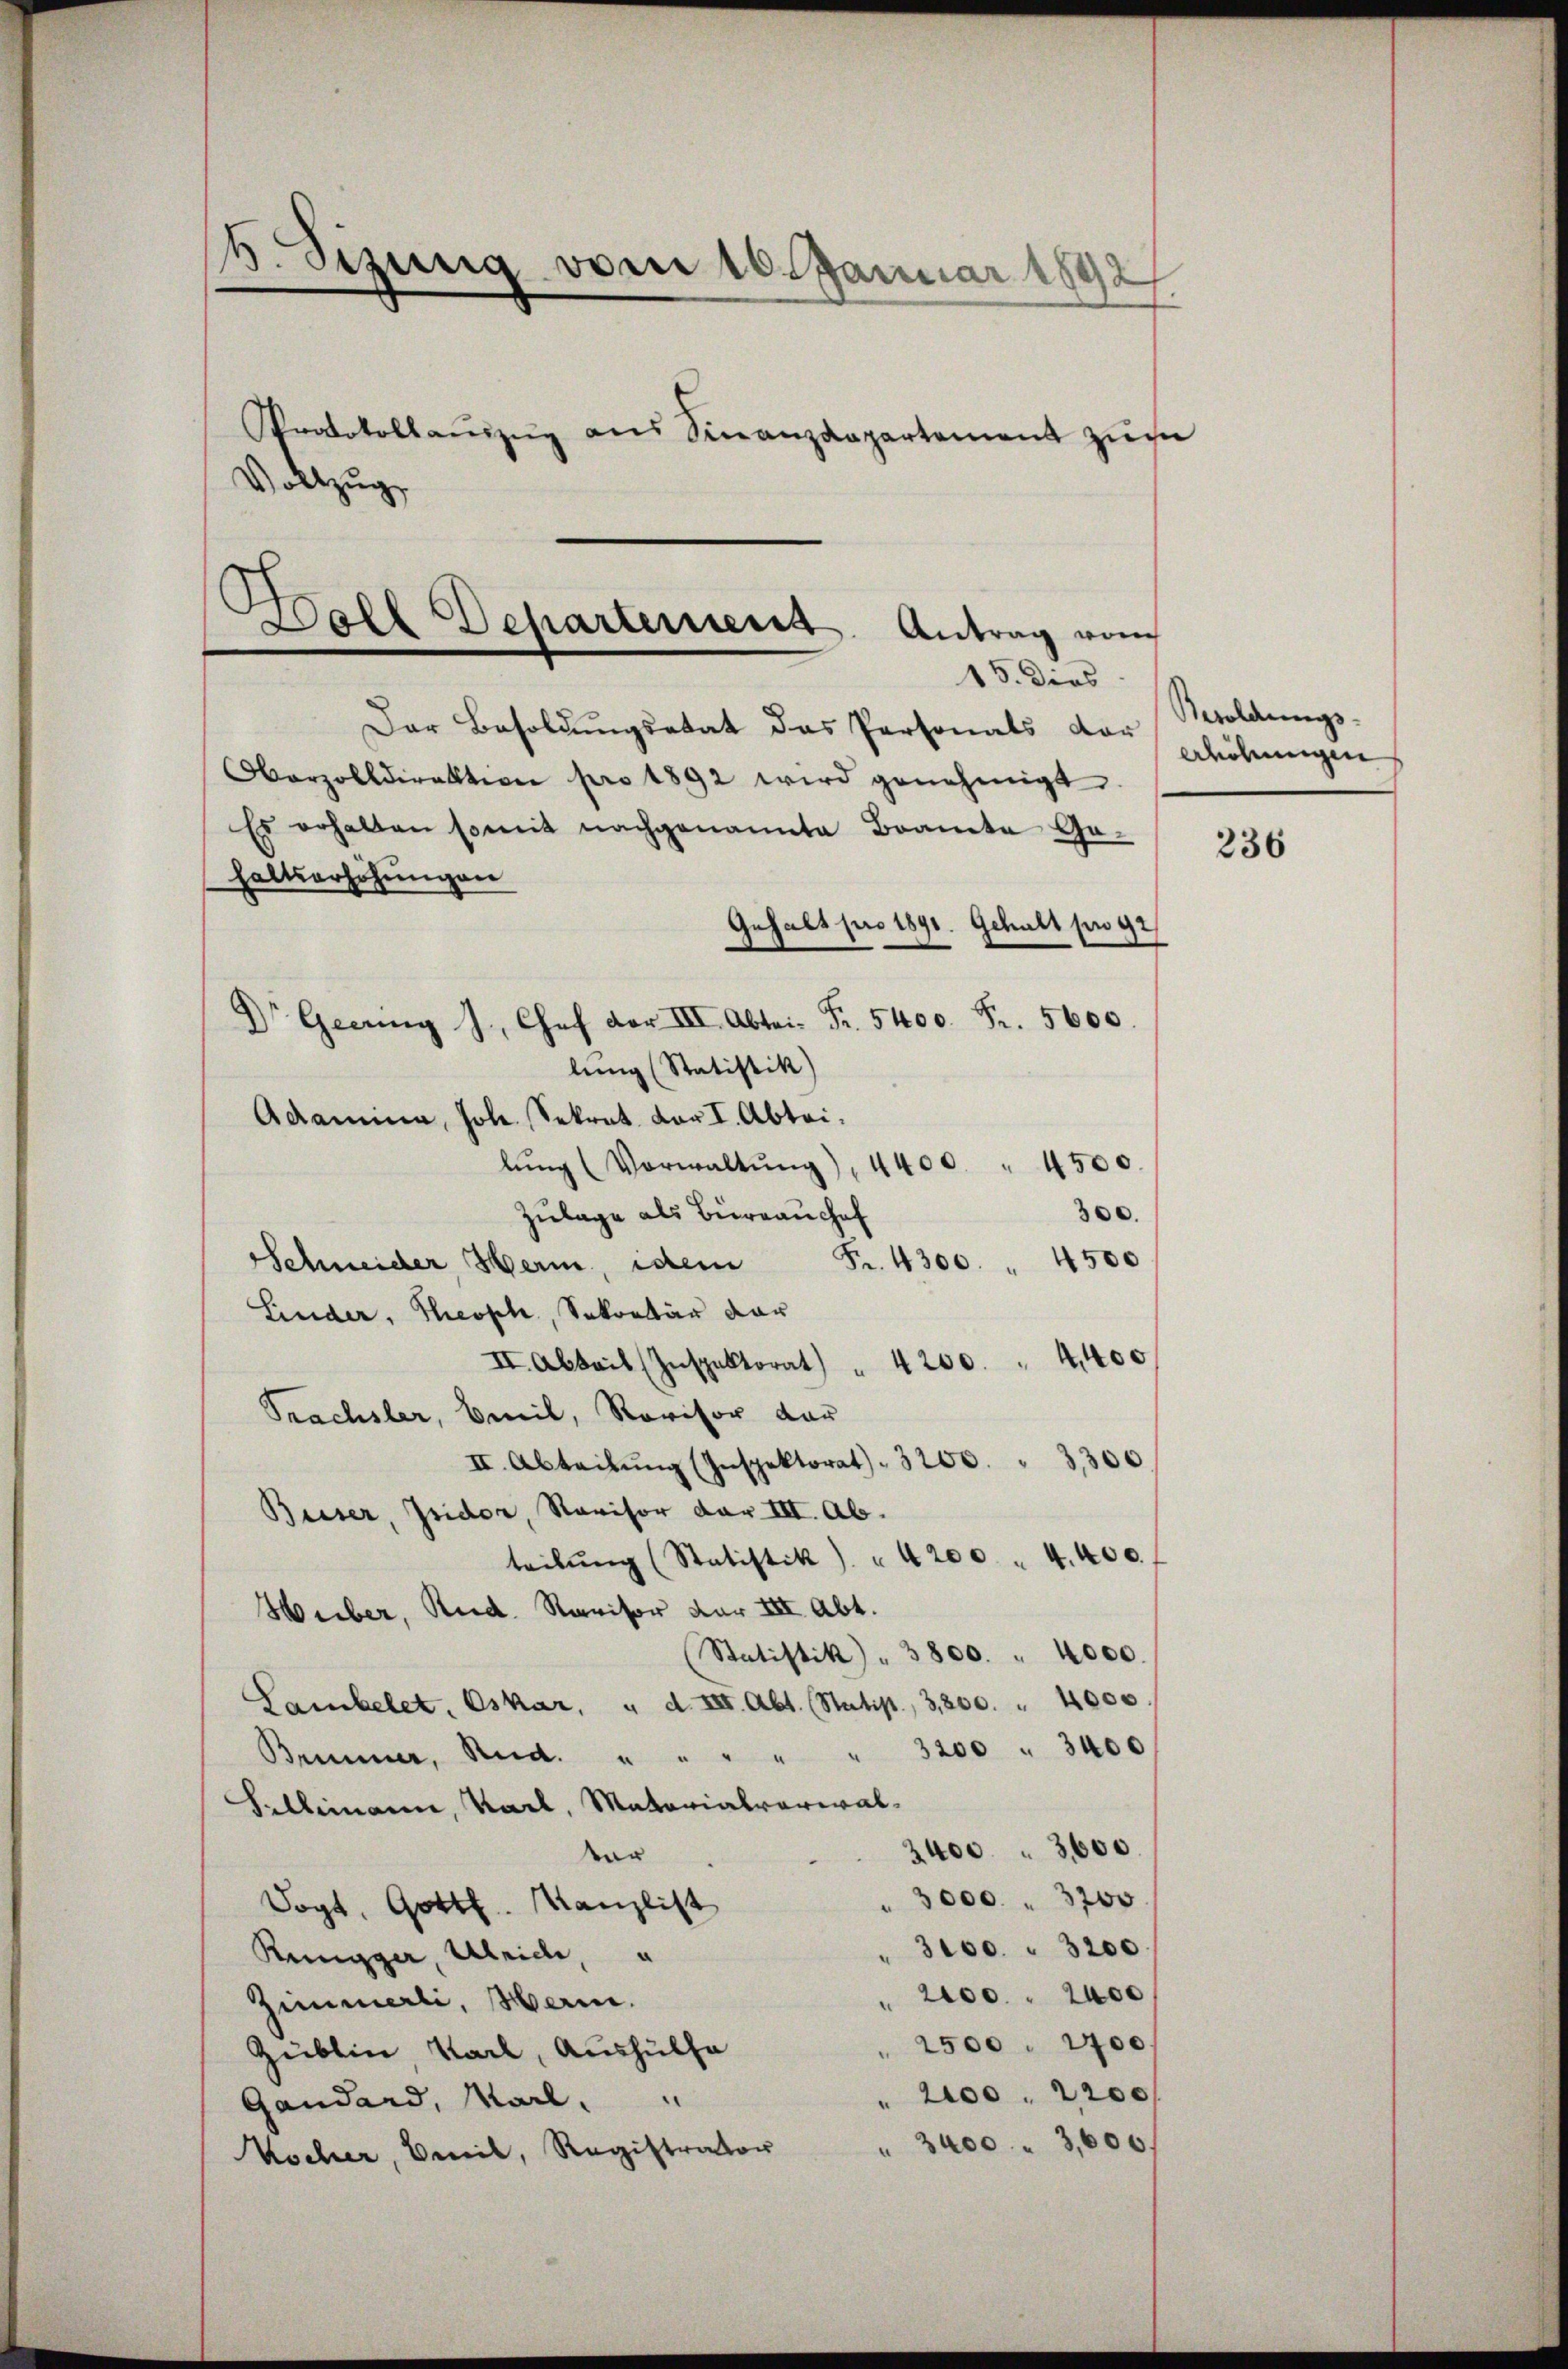
b. Sizung vom 10. Januar 1892
Protokollaŭszŭg ans Finanzdepartement zusa
Vollzug

Hall Departement. Antrag vom
15. dies

Der Besoldŭngsetat das Personals vor
Oberzolldirektion pro 1892 wird genehmigt.
Es erhalten somit nachgenannte Braute Ge-
haltserhöhŭngen
Gehalt pro 1891. Gehalt pro 92
 Gebung J. Chef der III. Abtei. Fr. 5400. Fr. 5600.
lung (Statistik)
Adamina, Joh. Sekret. Dar I. Abteilŭng (Vorwaltŭng), 4400 " 4500.
Zulage als Büreauschaf
300.
Schneider, Herm, idem Fr. 4300 " 4500
Linder, Theoph, Sekretär dar
II. Abbeit (Inspektorat) " 4200. " 4,400
Prachsler, Emil, Revisor dar
II. Abteilŭng (Inspektorat. 3200. " 3300
Buser, Isidor, Ravisor dar III. Ab.
teilŭng (Statistik) " 4200 " 4. 400.
Hueber, Rud. Ravisor vor III. Abt.
(Statistik) " 3800. " 4000.
Sambelet. Oskar, u. d. VIII. Abt. Statist, 3,200. " 4000
" " 3200 " 3400
Brunner, Rud.
Selleinane, Karl, Materialverwal¬
3400. 3600.
vor
3000 " 3200
Sogt, Gottl. Kanzlist
3100. " 3200
Rüngger, Ulrich, u
2100. 2400
Zimmerli, Herin.
2500. 2700/
Züblin, Karl, Aushülfe
2100. 2200
Gandard, Marl.
" 3400 3,600.
Wocher, Beil, Registrator

Bwoldungs-
erhöhungen

236